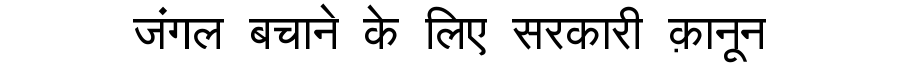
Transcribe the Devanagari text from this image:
जंगल बचाने के लिए सरकारी क़ानून